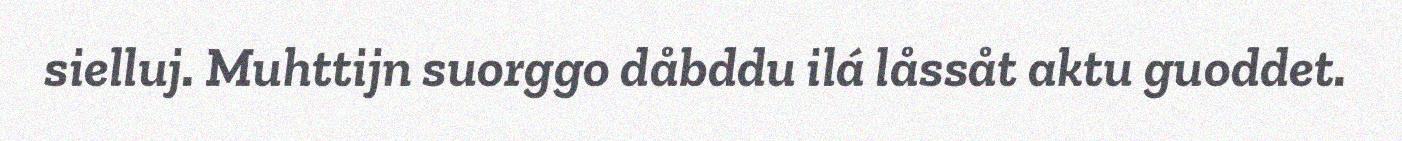
sielluj. Muhttijn suorggo dåbddu ilá låssåt aktu guoddet.